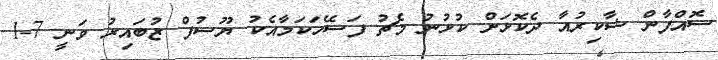
ސޮއްފާން ޝާކިރުއާ ދެކޮޅަށް ކުޅުނު މެޗު ފަސޭހަކަމާއެކު ޔޫސުފް ޒުބައިރު ވަނީ 7-1